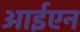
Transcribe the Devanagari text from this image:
आईएन